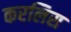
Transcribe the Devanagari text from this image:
करलिस